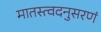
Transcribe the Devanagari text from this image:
मातस्त्वदनुसरणं